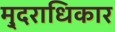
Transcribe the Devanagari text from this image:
मु्दराधिकार